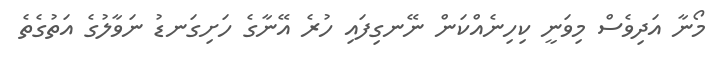
މޯނާ އަދިވެސް މިވަނީ ކިހިނެއްކަން ނޭނގިފައި ހުރެ އޭނާގެ ހަށިގަނޑު ނަވާލުގެ އަތުގެތެ